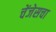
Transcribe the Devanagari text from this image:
चेंजेसचा